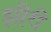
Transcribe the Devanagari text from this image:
झीरी